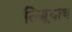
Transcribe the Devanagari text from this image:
तिसर्‍याच